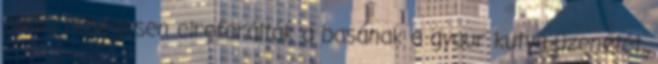
pedig hűségesen elreferálták a basának a gyaur kutya üzenetét,